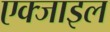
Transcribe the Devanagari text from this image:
एक्जाइल